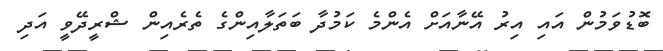
ބޮޑުވަމުން އައި އިރު އޭނާއަށް އެންމެ ކަމުދާ ބަތަލާއިންގެ ތެރެއިން ޝްރީދޭވީ އަދި